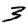
Digit: 3